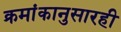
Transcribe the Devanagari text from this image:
क्रमांकानुसारही